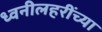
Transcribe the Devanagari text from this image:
ध्वनीलहरींच्या